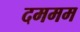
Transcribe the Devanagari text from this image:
दममम